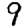
Digit: 9